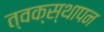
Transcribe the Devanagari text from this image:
त्वक्स्थापन